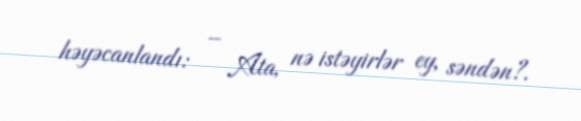
həyəcanlandı: – Ata, nə istəyirlər ey, səndən?.